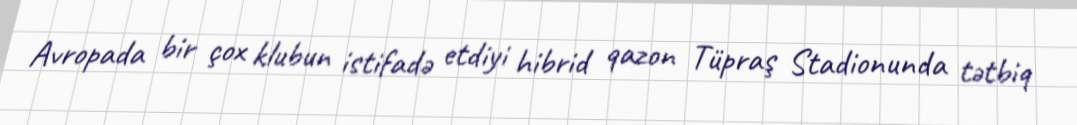
Avropada bir çox klubun istifadə etdiyi hibrid qazon Tüpraş Stadionunda tətbiq